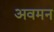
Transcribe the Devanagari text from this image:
अवमन